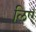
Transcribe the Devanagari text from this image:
लिएं